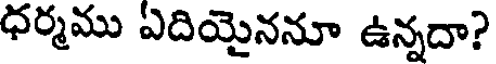
ధర్మము ఏదియైననూ ఉన్నదా?